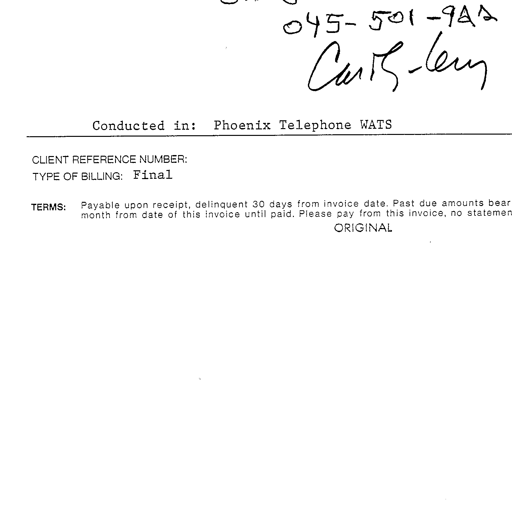
045-501-942
Carl-Len
Conducted in: Phoenix Telephone WATS
CLIENT REFERENCE NUMBER:
TYPE OF BILLING: Final
TERMS: Payable upon receipt, delinquent 30 days from invoice date. Past due amounts bear
month from date of this invoice until paid. Please pay from this invoice, no statemen
ORIGINAL